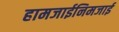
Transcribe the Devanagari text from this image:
हामजाईनिमजाई